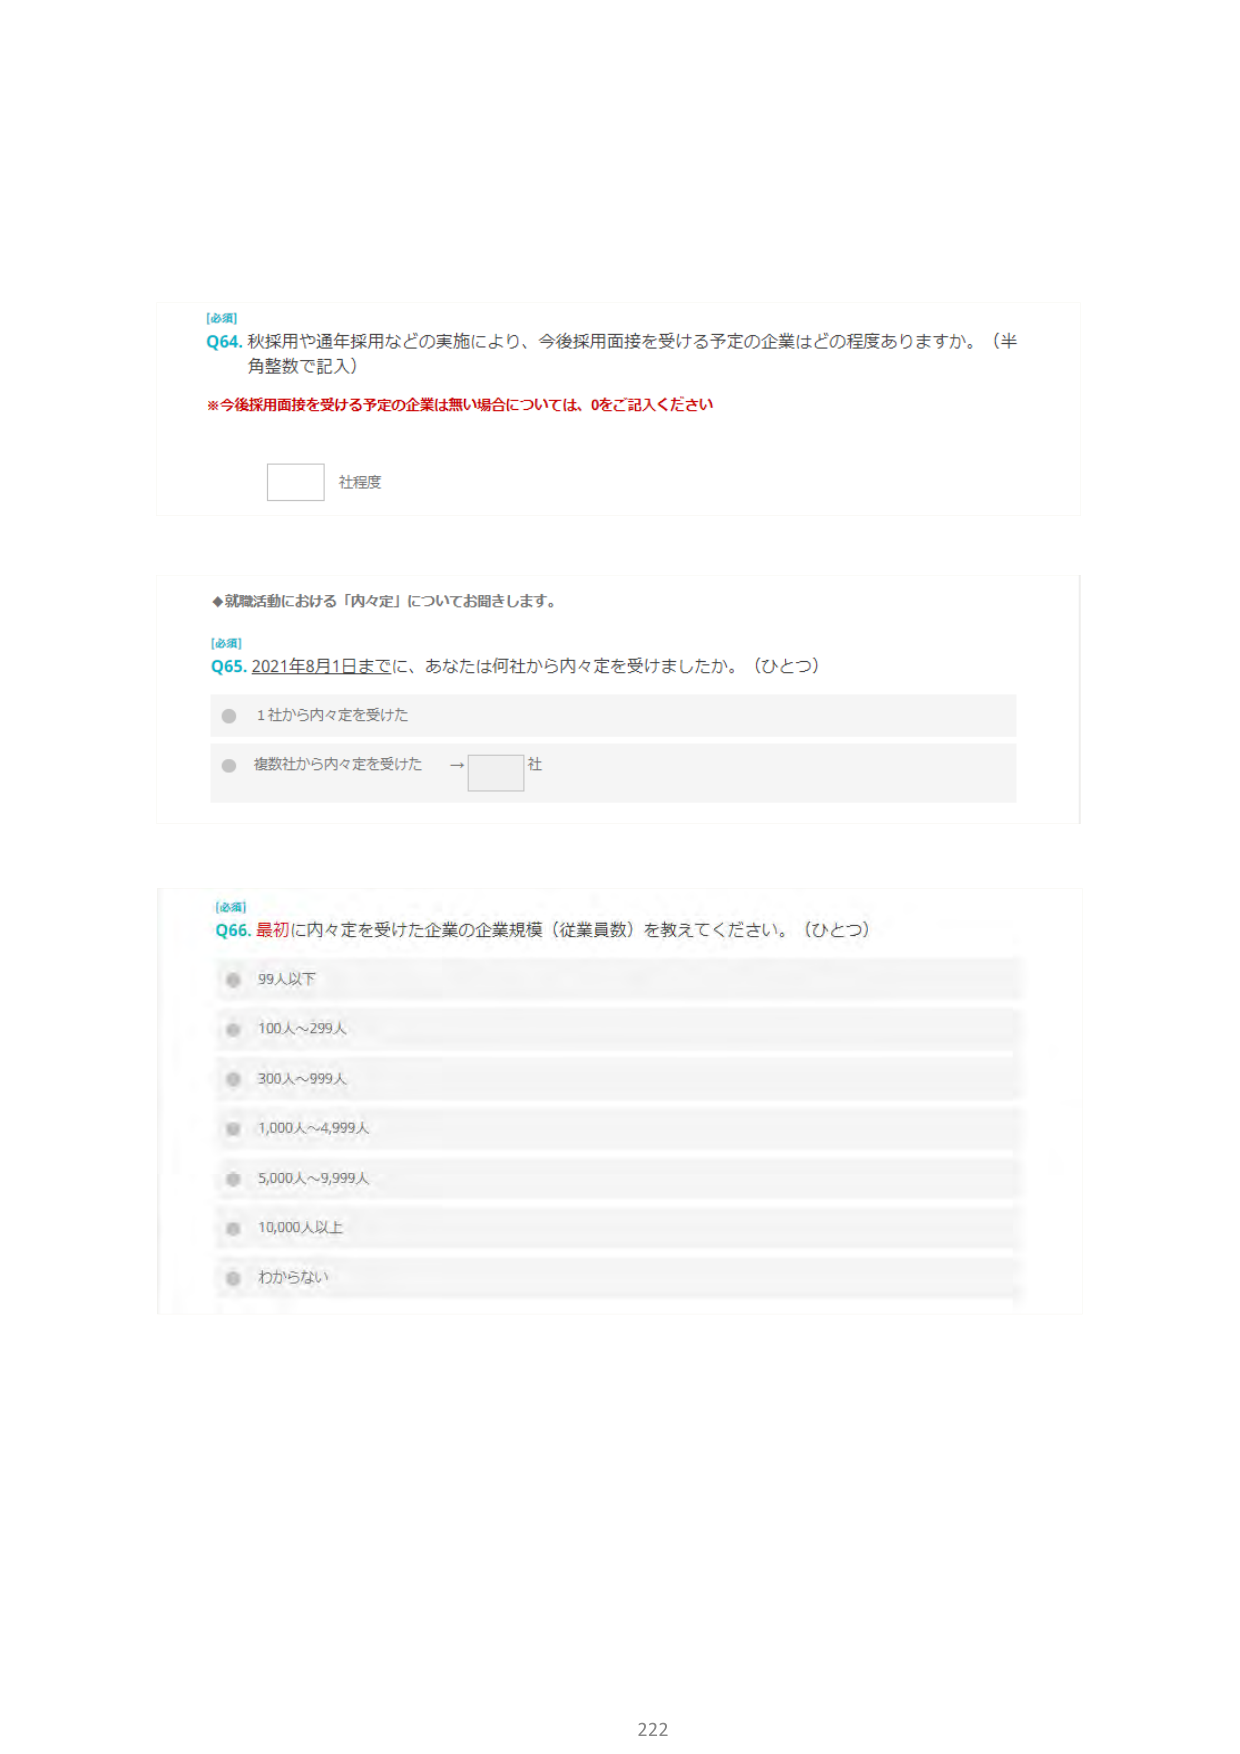
[必須]
Q64. 秋採用や通年採用などの実施により、今後採用面接を受ける予定の企業はどの程度ありますか。（半角整数で記入）
※今後採用面接を受ける予定の企業は無い場合については、0をご記入ください
□ 社程度

◆就職活動における「内々定」についてお聞きします。
[必須]
Q65. 2021年8月1日までに、あなたは何社から内々定を受けましたか。（ひとつ）
● 1社から内々定を受けた
● 複数社から内々定を受けた → □ 社

[必須]
Q66. 最初に内々定を受けた企業の企業規模（従業員数）を教えてください。（ひとつ）
● 99人以下
● 100人～299人
● 300人～999人
● 1,000人～4,999人
● 5,000人～9,999人
● 10,000人以上
● わからない

222